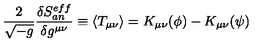
\frac { 2 } { \sqrt { - g } } \frac { \delta S _ { a n } ^ { e f f } } { \delta g ^ { \mu \nu } } \equiv \langle T _ { \mu \nu } \rangle = K _ { \mu \nu } ( \phi ) - K _ { \mu \nu } ( \psi )